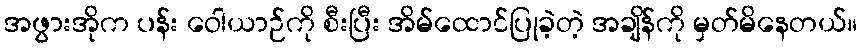
အဖွားအိုက ပန်း ဝေါယာဉ်ကို စီးပြီး အိမ်ထောင်ပြုခဲ့တဲ့ အချိန်ကို မှတ်မိနေတယ်။